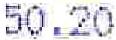
50.20